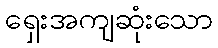
ရှေးအကျဆုံးသော